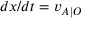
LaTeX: d x / d t = v _ { A \mid O }